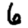
Digit: 6